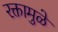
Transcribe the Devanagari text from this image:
रक्तामुळे